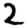
Digit: 2